Vaccination North-Western Provinces 1866-1877 - 1866-1877
Year: 1866
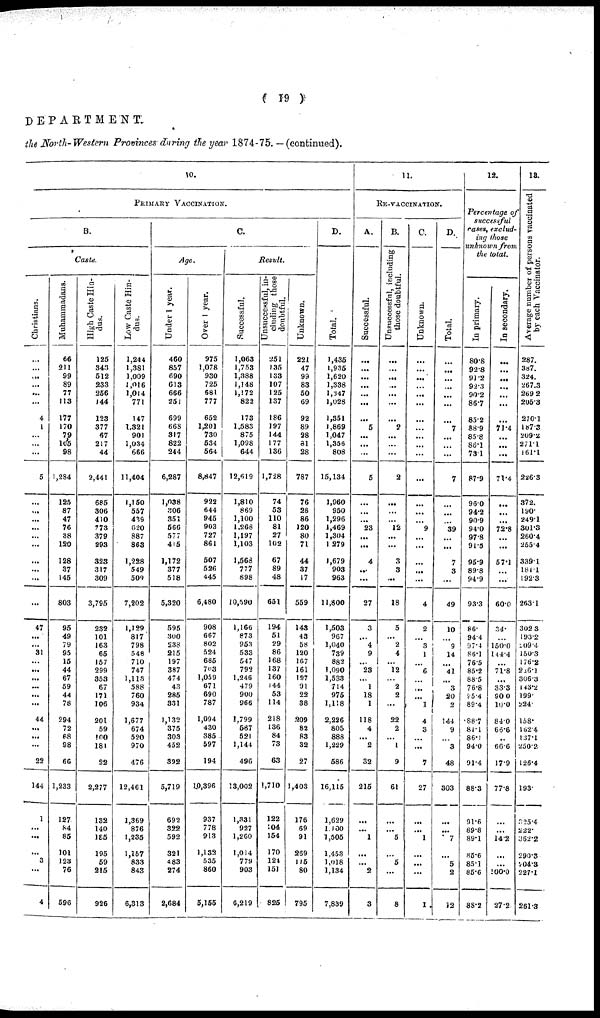
( 19 )
DEPARTMENT.
the North-Western Provinces during the year 1874-75. —(continued).
10.
PRIMARY VACCINATION.
B.
Caste.
Christians.
...
...
...
...
...
...
4
1
...
...
...
5
...
...
...
...
...
...
...
...
...
...
47
...
...
31
...
...
...
...
...
...
44
...
...
...
22
144
1
...
...
...
3
...
4
Muhammadans.
66
211
99
89
77
113
177
170
79
105
98
1,284
125
87
47
76
38
120
128
37
145
803
95
49
79
95
15
44
67
59
44
78
294
72
68
98
66
1,233
127
84
85
101
123
76
596
High Caste Hin-
dus.
125
343
512
233
256
144
123
377
67
217
44
2,441
685
306
410
773
379
293
323
317
309
3,795
232
101
163
65
157
299
353
67
171
106
201
59
100
181
22
2,277
132
140
185
195
59
215
926
Low Caste Hin-
dus.
1,244
1,381
1,009
1,016
1,014
771
147
1,321
901
1,034
666
11,404
1,150
557
439
620
887
863
1,228
549
509
7,202
1,129
817
798
548
710
747
1,113
588
760
934
1,677
674
520
970
476
12,461
1,369
876
1,235
1,157
833
843
6,313
C.
Age.
Under 1 year.
460
857
690
613
666
251
699
668
317
822
244
6,287
1,038
306
351
566
577
415
1,172
377
518
5,320
595
300
238
215
197
387
474
43
285
331
1,132
375
303
452
392
5,719
692
322
592
321
483
274
2,684
Over 1 year.
975
1,078
930
725
681
777
652
1,201
730
534
564
8,847
922
644
945
903
727
861
507
526
445
6,480
908
667
802
524
685
703
1,059
671
690
787
1,094
430
385
597
194
1,0,396
937
778
913
1,132
535
860
5,155
Result.
Successful.
1,063
1,753
1,388
1,148
1,172
822
173
1,583
875
1,098
644
12,619
1,810
869
1,100
1,268
1,197
1,103
1,563
777
898
10,590
1,166
873
953
533
547
792
1,246
479
900
966
1,799
687
521
1,144
496
13,002
1,331
927
1,260
1,014
779
903
6,219
Unsuccessful, in-
cluding those
doubtful.
251
135
133
107
125
137
186
197
144
177
136
1,728
74
53
110
81
27
102
67
89
48
651
194
51
29
86
168
137
160
144
53
114
218
136
84
73
63
1,710
122
104
154
170
121
151
825
Unknown.
221
47
99
83
50
69
92
89
28
81
28
787
76
28
86
120
80
71
44
37
17
559
143
43
58
120
167
161
127
91
22
38
209
82
83
32
27
1,403
176
69
91
259
115
80
795
D.
Total.
1,435
1,935
1,620
1,338
1,347
1,028
1,351
1,869
1,047
1,356
808
15,134
1,960
950
1,296
1,469
1,304
1 279
1,679
903
963
11,800
1,503
967
1,040
739
882
1,090
1,533
714
975
1,118
2,226
805
888
1,229
586
16,115
1,629
1,100
1,505
1,453
1,018
1,134
7,839
11.
RE-VACCINATION.
A.
Successful.
...
...
...
...
...
...
...
5
...
...
...
5
...
...
...
23
...
...
4
...
...
27
3
...
4
9
...
23
...
1
18
1
118
4
...
2
32
215
...
...
1
...
...
2
3
B.
Unsuccessful, including
those doubtful.
...
...
...
...
...
...
...
2
...
...
...
2
...
...
...
12
...
...
3
3
...
18
5
...
2
4
...
12
...
2
2
...
22
2
...
1
9
61
...
...
5
...
5
...
8
C.
Unknown.
...
...
...
...
...
...
...
...
...
...
...
...
...
...
...
9
...
...
...
...
...
4
2
...
3
1
...
6
...
...
...
1
4
3
...
...
7
27
...
...
1
...
...
...
1
D.
Total.
...
...
...
...
...
...
...
7
...
...
7
...
...
...
39
...
...
7
3
...
49
10
...
9
14
...
41
...
3
20
2
144
9
...
3
48
303
...
...
7
...
5
2
12
12.
Percentage of
successful
cases, exclud-
ing those
unknown from
the total.
In primary.
80.8
92.8
91.2
92.3
90.2
86.7
85.2
88.9
85.8
86.1
73.1
87.9
96.0
94.2
90.9
94.0
97.8
91.5
95.9
89.8
94.9
93.3
86.
94.4
97.4
86.1
76.5
85.2
88.5
76.8
95.4
89.4
88.7
81.1
86.1
94.0
91.4
88.3
91.6
89.8
89.1
85.6
85.1
85.6
88.2
In secondary.
...
...
...
...
...
...
...
71.4
...
...
...
71.4
...
...
...
72.8
...
...
57.1
...
...
60.0
34.
...
150.0
144.4
...
71.8
...
33.3
90.0
10.0
84.0
66.6
...
66.6
17.9
77.8
...
...
14.2
...
...
100.0
27.2
13.
Average number of persons vaccinated
by each Vaccinator.
287.
387.
324.
267.3
269.2
205.3
270.1
187.3
209.2
271.1
161.1
226.3
372.
190.
249.1
301.3
260.4
255.4
339.1
181.1
192.3
263.1
302.3
193.2
209.4
150.3
176.2
226.l
306.3
143.2
199.
224.
158.
162.4
137.1
250.2
126.4
193.
325.4
222.
362.2
290.3
204.3
227.1
261.3